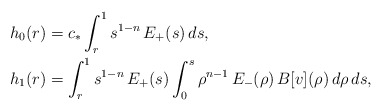
\begin{align*} \begin{aligned} h_0(r)&=c_*\int_r^1 s^{1-n}\,E_+(s)\,ds, \\ h_1(r)&=\int_r^1 s^{1-n}\,E_+(s)\int_0^s \rho^{n-1}\,E_-(\rho)\,B[v](\rho)\,d\rho\,ds, \end{aligned} \end{align*}